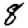
Digit: 8